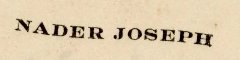
NADER JOSEPH